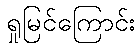
ရှုမြင်ကြောင်း